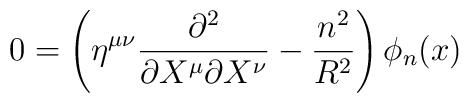
0 = \left(\eta^{\mu\nu} \frac{\partial^2}{\partial X^\mu \partial X^\nu}- \frac{n^2}{R^2} \right) \phi_n(x)